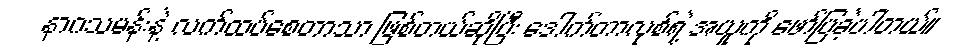
နာဂသမန်းနဲ့ လက်ထပ်စေတာသာ ဖြစ်တယ်ဆိုပြီး ဒေါက်တာလုစ်ရဲ့ အယူကို ဖော်ပြခဲ့ပါတယ်။